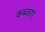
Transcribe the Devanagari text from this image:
कब्जाए